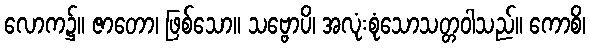
လောက၌။ ဇာတော၊ ဖြစ်သော။ သဗ္ဗောပိ၊ အလုံးစုံသောသတ္တဝါသည်။ ကောစိ၊